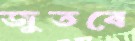
জুতবে